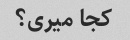
کجا میری؟